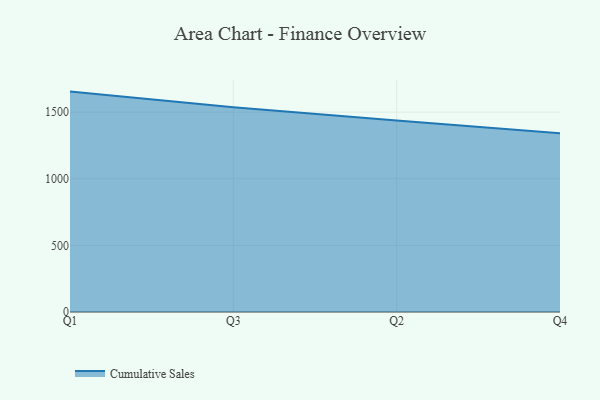
{"axis": {"x": "Quarter", "y": "Revenue (USD Million)"}, "legend": ["Cumulative Sales"], "data": [{"x": "Q1", "y": 1654.3, "type": "Cumulative Sales"}, {"x": "Q3", "y": 1537.1, "type": "Cumulative Sales"}, {"x": "Q2", "y": 1437.9, "type": "Cumulative Sales"}, {"x": "Q4", "y": 1341.1, "type": "Cumulative Sales"}]}